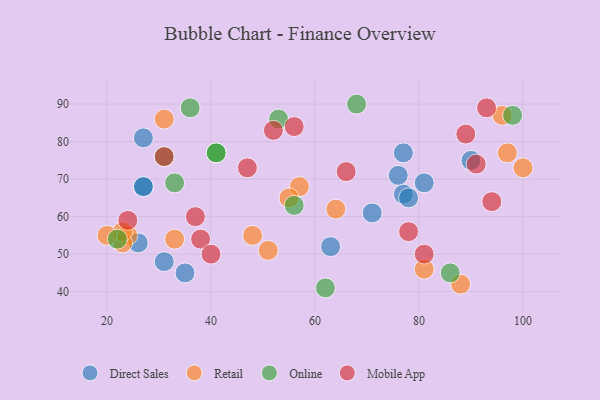
{"axis": {"x": "GDP", "y": "Life Expectancy"}, "legend": ["Direct Sales", "Mobile App", "Online", "Retail"], "data": [{"x": "90", "y": 75, "type": "Direct Sales"}, {"x": "27", "y": 81, "type": "Direct Sales"}, {"x": "31", "y": 48, "type": "Direct Sales"}, {"x": "77", "y": 66, "type": "Direct Sales"}, {"x": "71", "y": 61, "type": "Direct Sales"}, {"x": "78", "y": 65, "type": "Direct Sales"}, {"x": "27", "y": 68, "type": "Direct Sales"}, {"x": "26", "y": 53, "type": "Direct Sales"}, {"x": "35", "y": 45, "type": "Direct Sales"}, {"x": "63", "y": 52, "type": "Direct Sales"}, {"x": "27", "y": 68, "type": "Direct Sales"}, {"x": "77", "y": 77, "type": "Direct Sales"}, {"x": "76", "y": 71, "type": "Direct Sales"}, {"x": "81", "y": 69, "type": "Direct Sales"}, {"x": "88", "y": 42, "type": "Retail"}, {"x": "31", "y": 86, "type": "Retail"}, {"x": "24", "y": 55, "type": "Retail"}, {"x": "57", "y": 68, "type": "Retail"}, {"x": "100", "y": 73, "type": "Retail"}, {"x": "64", "y": 62, "type": "Retail"}, {"x": "33", "y": 54, "type": "Retail"}, {"x": "96", "y": 87, "type": "Retail"}, {"x": "55", "y": 65, "type": "Retail"}, {"x": "48", "y": 55, "type": "Retail"}, {"x": "23", "y": 53, "type": "Retail"}, {"x": "51", "y": 51, "type": "Retail"}, {"x": "23", "y": 56, "type": "Retail"}, {"x": "81", "y": 46, "type": "Retail"}, {"x": "20", "y": 55, "type": "Retail"}, {"x": "97", "y": 77, "type": "Retail"}, {"x": "33", "y": 69, "type": "Online"}, {"x": "98", "y": 87, "type": "Online"}, {"x": "53", "y": 86, "type": "Online"}, {"x": "41", "y": 77, "type": "Online"}, {"x": "56", "y": 63, "type": "Online"}, {"x": "31", "y": 76, "type": "Online"}, {"x": "86", "y": 45, "type": "Online"}, {"x": "41", "y": 77, "type": "Online"}, {"x": "68", "y": 90, "type": "Online"}, {"x": "22", "y": 54, "type": "Online"}, {"x": "62", "y": 41, "type": "Online"}, {"x": "36", "y": 89, "type": "Online"}, {"x": "38", "y": 54, "type": "Mobile App"}, {"x": "47", "y": 73, "type": "Mobile App"}, {"x": "24", "y": 59, "type": "Mobile App"}, {"x": "40", "y": 50, "type": "Mobile App"}, {"x": "91", "y": 74, "type": "Mobile App"}, {"x": "78", "y": 56, "type": "Mobile App"}, {"x": "81", "y": 50, "type": "Mobile App"}, {"x": "93", "y": 89, "type": "Mobile App"}, {"x": "94", "y": 64, "type": "Mobile App"}, {"x": "31", "y": 76, "type": "Mobile App"}, {"x": "37", "y": 60, "type": "Mobile App"}, {"x": "56", "y": 84, "type": "Mobile App"}, {"x": "52", "y": 83, "type": "Mobile App"}, {"x": "89", "y": 82, "type": "Mobile App"}, {"x": "66", "y": 72, "type": "Mobile App"}]}